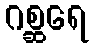
ဂစ္ဆရေ